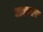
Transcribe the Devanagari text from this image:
धडावर